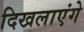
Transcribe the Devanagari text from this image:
दिखलाएंगे